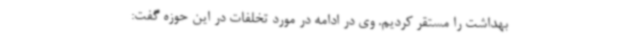
بهداشت را مستقر کردیم. وی در ادامه در مورد تخلفات در این حوزه گفت: